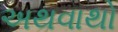
અથવાથો